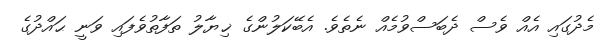
މެދުގައި އެއް ވެސް ދެބަސްވުމެއް ނެތެވެ. އެބޭކަލުންގެ ޚިޔާލު ތަފާތުވެފައި ވަނީ ޙައްދުގެ